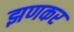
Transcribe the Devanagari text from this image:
झणकर